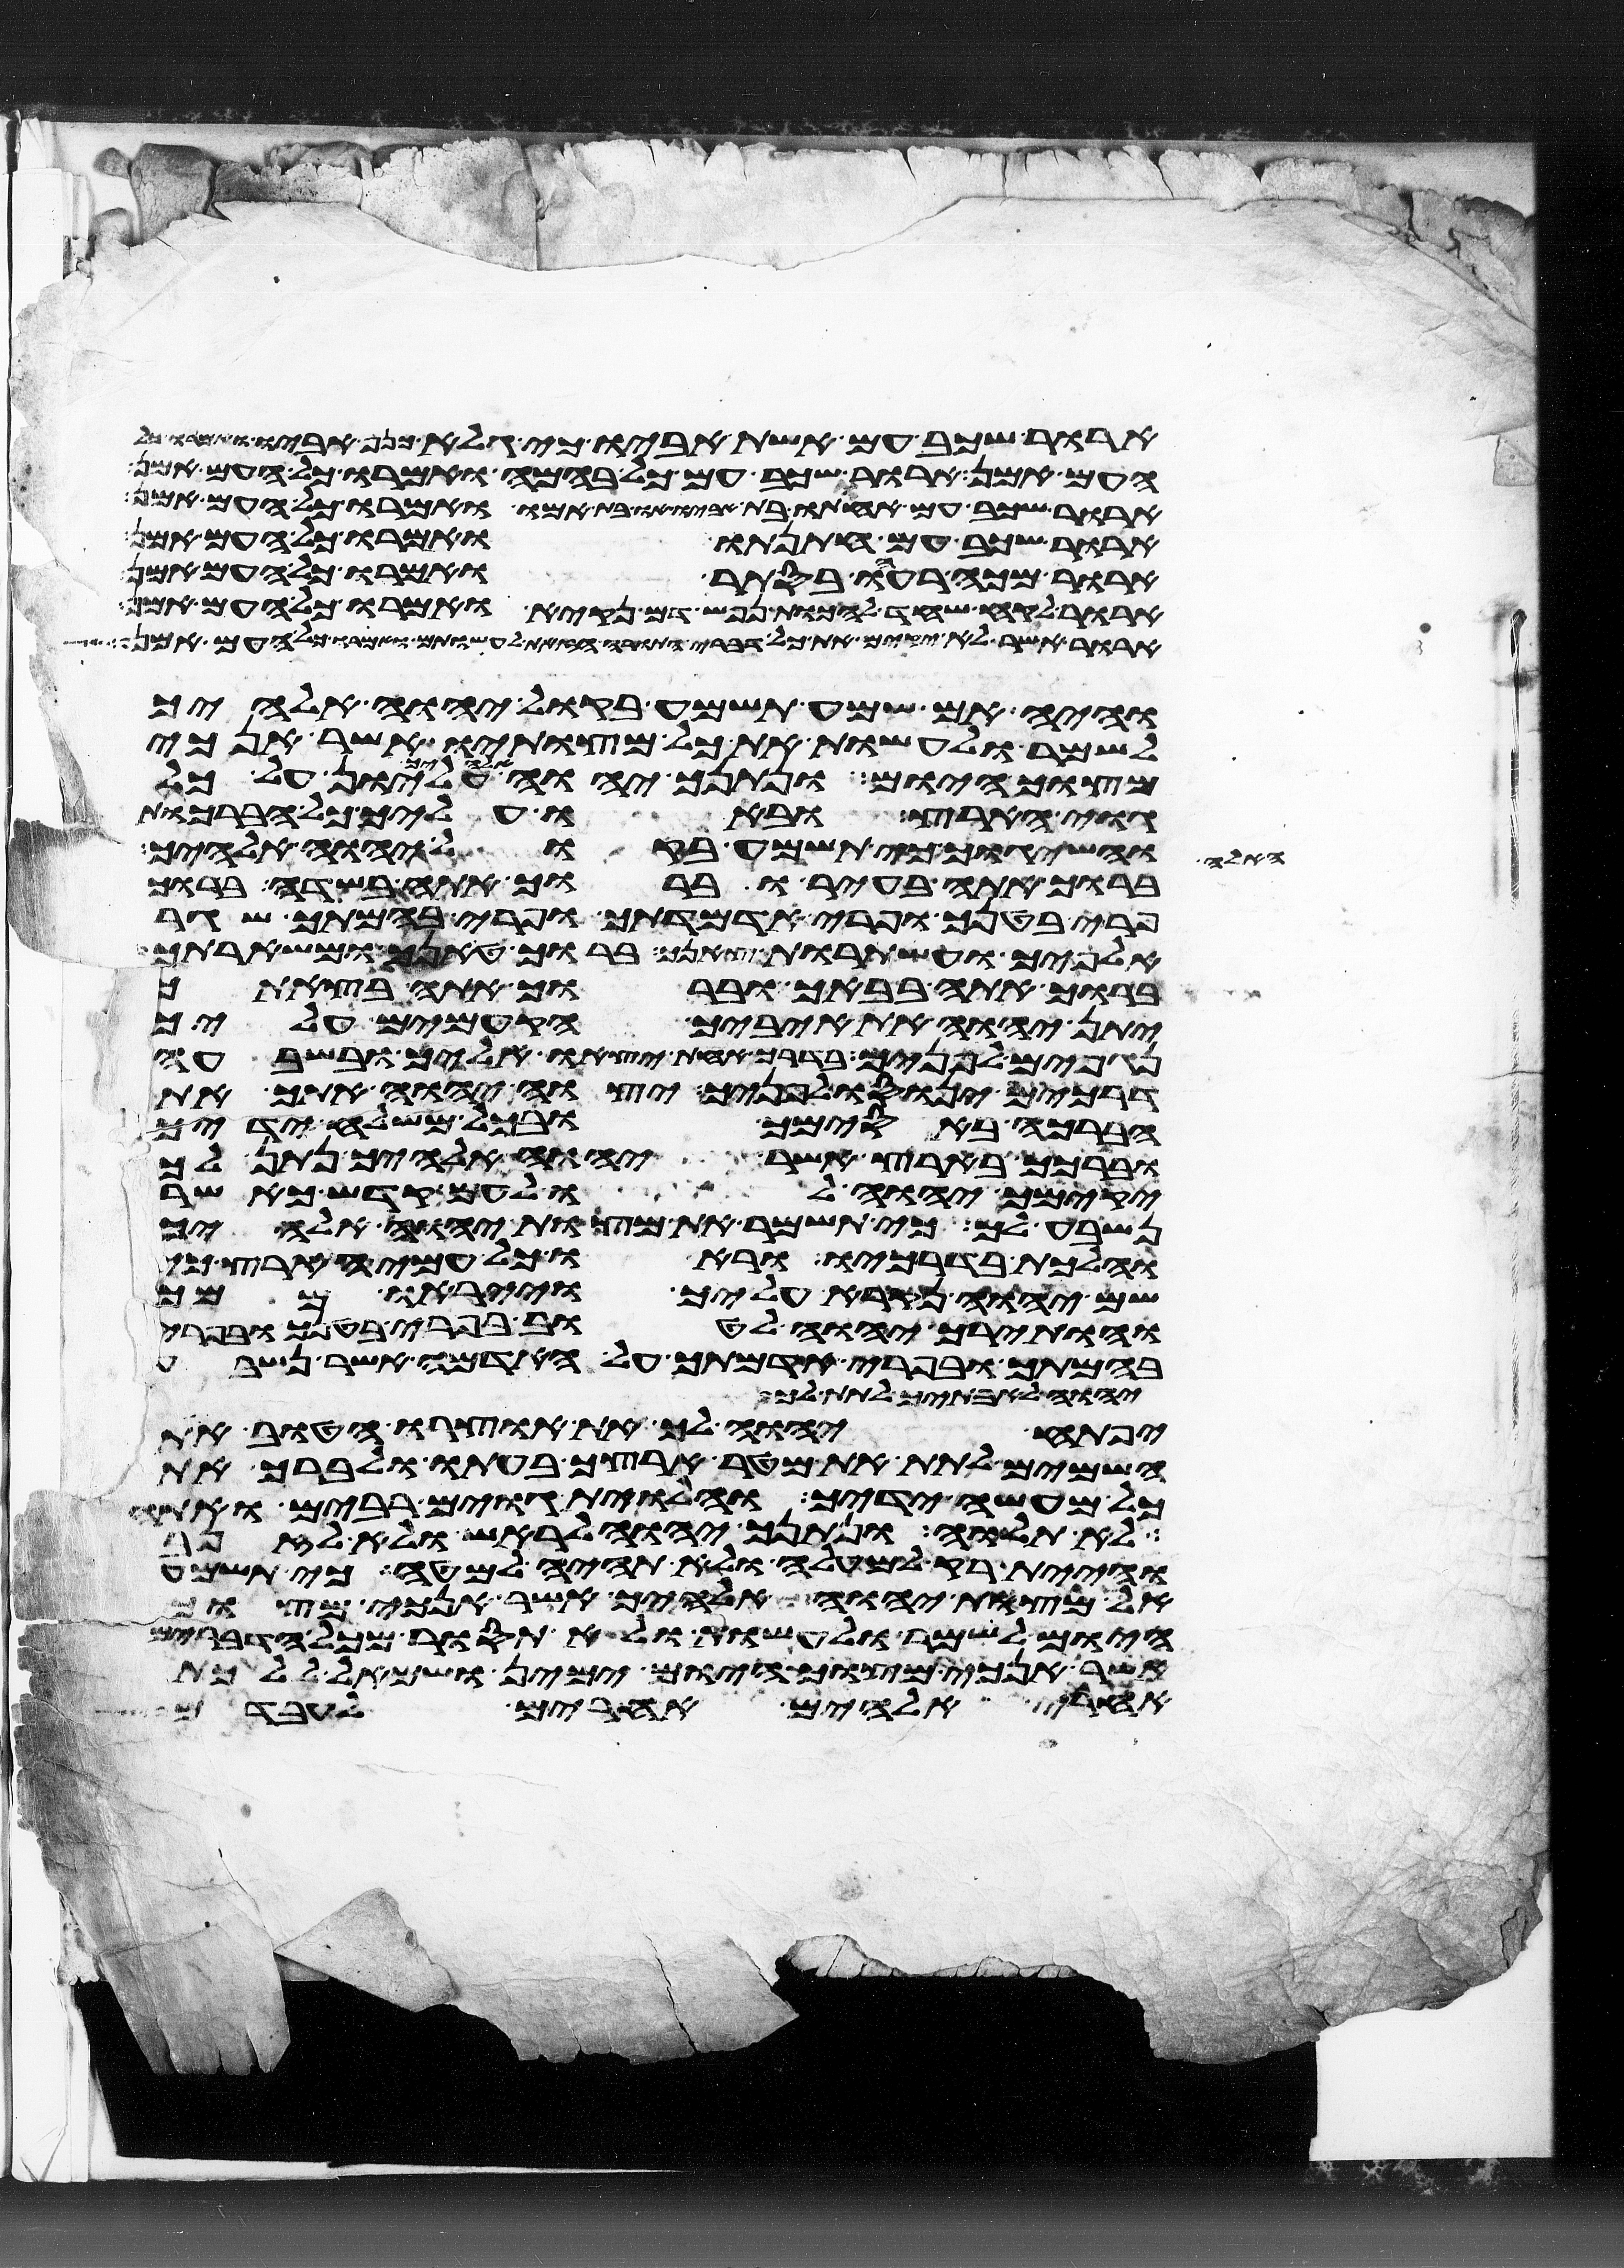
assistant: ארור שכב עם אשת אביו כי גלה כנף אביו ואמרו כל
העם אמן ארור שכב עם כל בהמה ואמרו כל העם אמן
ארור שכב עם אחותו בת אביו או בת אמו ואמרו כל העם אמן
ארור שכב עם חתנתו ואמרו כל העם אמן
ארור מכה רעהו בסתר ואמרו כל העם אמן
ארור לקח שחד להכות נפש דם נקיא ואמרו כל העם אמן
ארור אשר לא יקים את כל דברי התורה הזאת לעשותם ואמרו כל העם אמן
והיה אם שמע תשמע בקול יהוה אלהיך
לשמר לעשות את כל מצותיו אשר אנכי
מצוך היום ונתנך יהוה אלהיך עליון על כל
גוי הארץ ובאו עליך כל הברכות
האלה והשיגוך כי תשמע בקול יהוה אלהיך
ברוך אתה בעיר וברוך אתה בשדה ברוך
פרי בטנך ופרי אדמתך ופרי בהמתך שגר
אלפיך ועשתרות צאנך ברוך טנאך ומשארתך
ברוך אתה בבאך וברוך אתה בצאתך
יתן יהוה את איביך הקמים עליך
נגפים לפניך בדרך אחת יצאו אליך ובשבעה
דרכים ינוסו לפניך יצוה יהוה אתך את
הברכה באסימך ובכל משלח ידיך
וברכך בארץ אשר יהוה אלהיך נתן לך
יקימך יהוה לו לעם קדש כאשר
נשבע לך כי תשמר את מצות יהוה אלהיך
והלכת בדרכיו וראו כל עמי הארץ כי
שם יהוה נקרא עליך וייראו ממך
והותירך יהוה לטוב בפרי בטנך ובפרי
בהמתך ובפרי אדמתך על האדמה אשר נשבע
יהוה לאבתיך לתת לך
יפתח יהוה לך את אוצרו הטוב את
השמים לתת את מטר ארצך בעתו לברך את
כל מעשה ידיך והלוית גוים רבים ואתה
לא תלוה ונתנך יהוה לראש ולא לזנב
והיית רק למעלה ולא תהיה למטה כי תשמע
אל מצות יהוה אלהיך אשר אנכי מצוך
היום לשמר ולעשות ולא תסור מכל הדברים
אשר אנכי מצוך היום ימין ושמאל ללכת
אחרי אלהים אחרים לעבדם